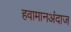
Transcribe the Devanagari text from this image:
हवामानअंदाज